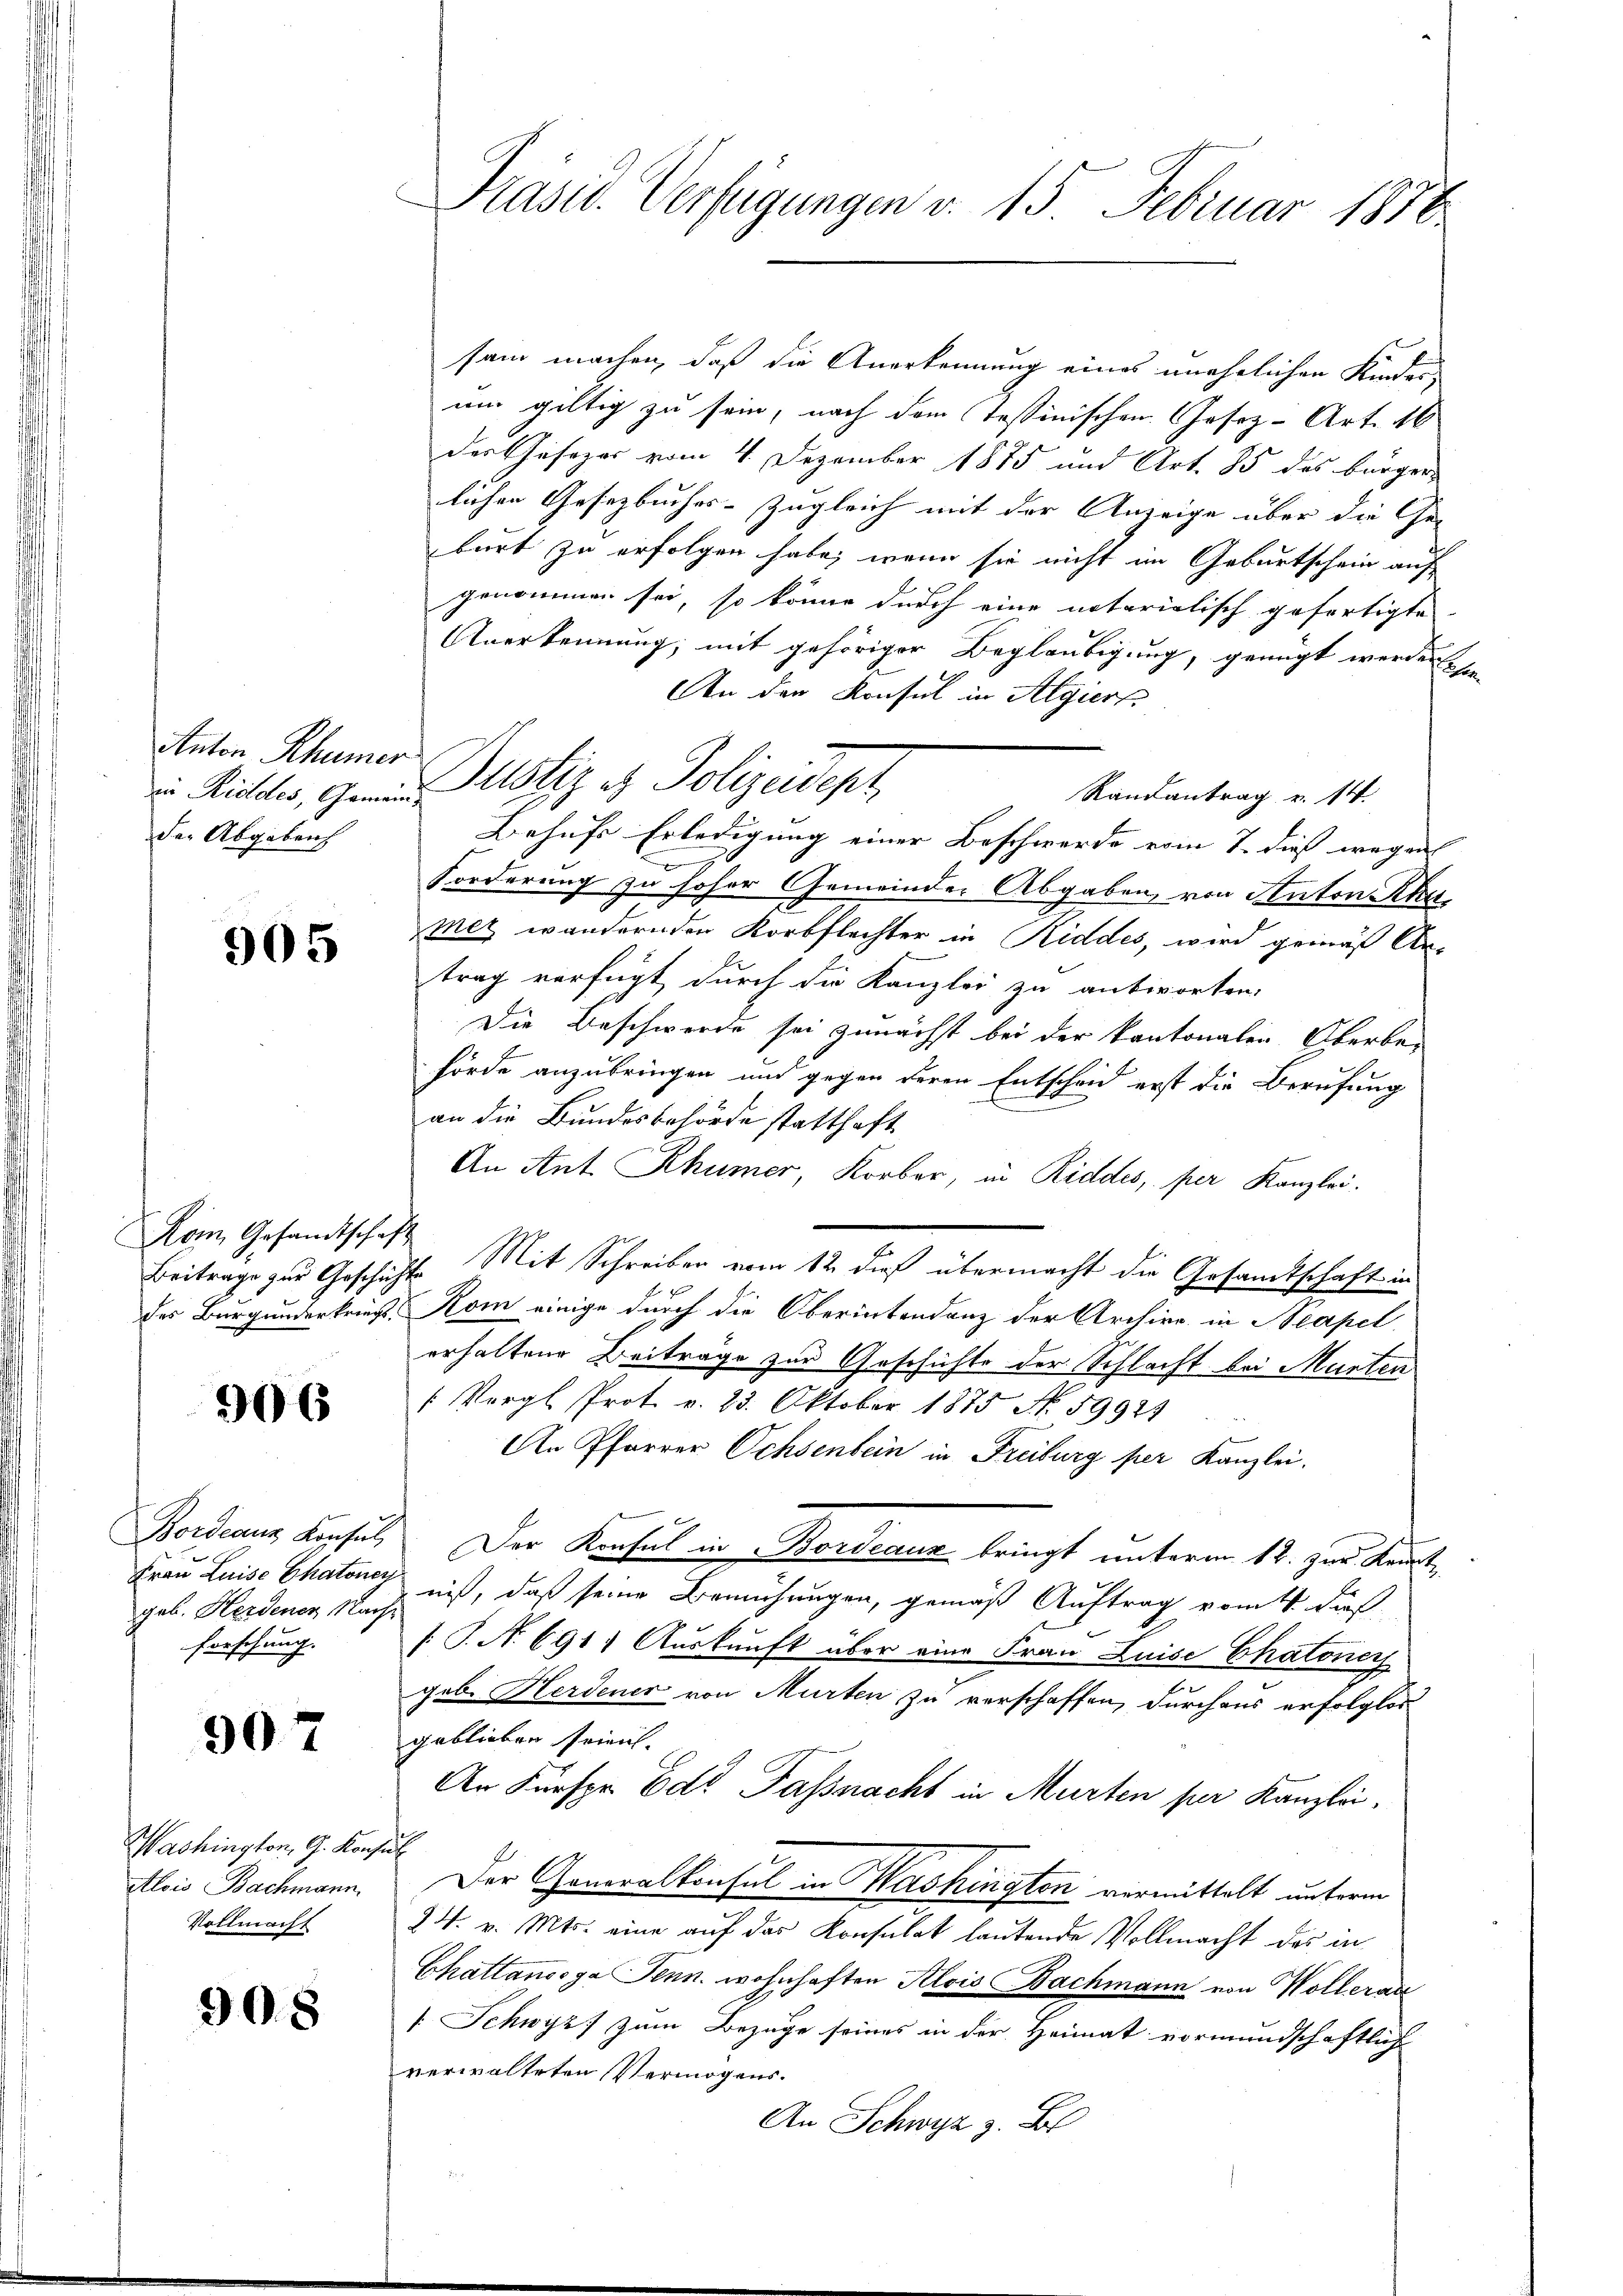
ton Rhümer
der Abgebenh

905

Kom Gesandtschaft

906

Frau Luise Chatoner
forschung.

907

Washington, G. Konz
Alois Bachmann.
Vollmacht

908

sam machen, daß die Anerkennung eines unehelichen Kinder-
um giltig zu sein, nach dem Tessinischen Cosez-Art. 16
der Gesezes vom 4. Dezember 1875 und Art. 85 des bürger
lichen Gesetzbuches-Zugleich mit der Anzeige über die Gebort zu erfolgen habe, wenn sie nicht im Geburtschein auf
genommen sei, so könne durch eine notarielisch gefertigte
Anerkennung, mit gehöriger Beglaubigung, genügt werden se
An den Konsul in Algiert,
Randantrag v. 14.
Behufs Erledigung einer Beschwerde vom 7. dies wegen |
Forderung zu hoher Gemeinder Abgaben von Anton Rha
mez wandernden Korbflechter in Riddes, wird gemäß Ar-
trag verfügt durch die Kanzlei zu antworten,
Die Beschwerde sei zunächst bei der kantonalen Überbe-
hörde anzubringen und gegen deren Entscheid erst die Berufung
an die Bundesbehörde statthaft.
An Ant. Khümer, Korber, in Riddes, per Kanzlei.
Beitrage zur Geschichte Mit Schreiben vom 12. dieß übermacht die Gesandtschaft in
des Burgunderkriegs. Rom einige durch die Oberintendenz der Archive in Neapel
erhaltene Beiträge zur Geschichte der Schlacht bei Murten
 Vergl. Prot. v. 23. Oktober 1875 N. 59923
An Pfarrer Ochsenbein in Freiburg per Kanzlei.
Bordeaus Konsul, Der Konsul in Bordeaus bringt unterm 12. zur Kaut
geb. Herdenen zu nis, daß seine Bemühungen, gemäß Auftrag vom 4. dieß
[S. N. 691. Auskunft über eine Frau Luise Chatonen
geb. Herdener von Murten zu verschaffen, durchaus erfolglos
geblieben seien. |
An Fürspr. Edt Passnacht in Murten per Kanzlei,
a
Der Generalkonsul in Washington vermittelt unterm
24. v. Mts. eine auf das Konsulat lautende Vollmacht des in
Chatlanoga Jenn. wohnhaften Alois Bachmann von Wollerar
[: Schwyz zum Bezüge seines in der Heimat vormundschaftlich
verwalteten Vermögens.
An Schwyz z. B

Präsid. Verfügungen v. 15. Februar 1878

in Richter, genotiz et Polizeidept,